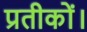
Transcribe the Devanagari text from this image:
प्रतीकों।